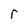
Character: r